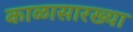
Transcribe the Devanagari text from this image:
काळासारख्या